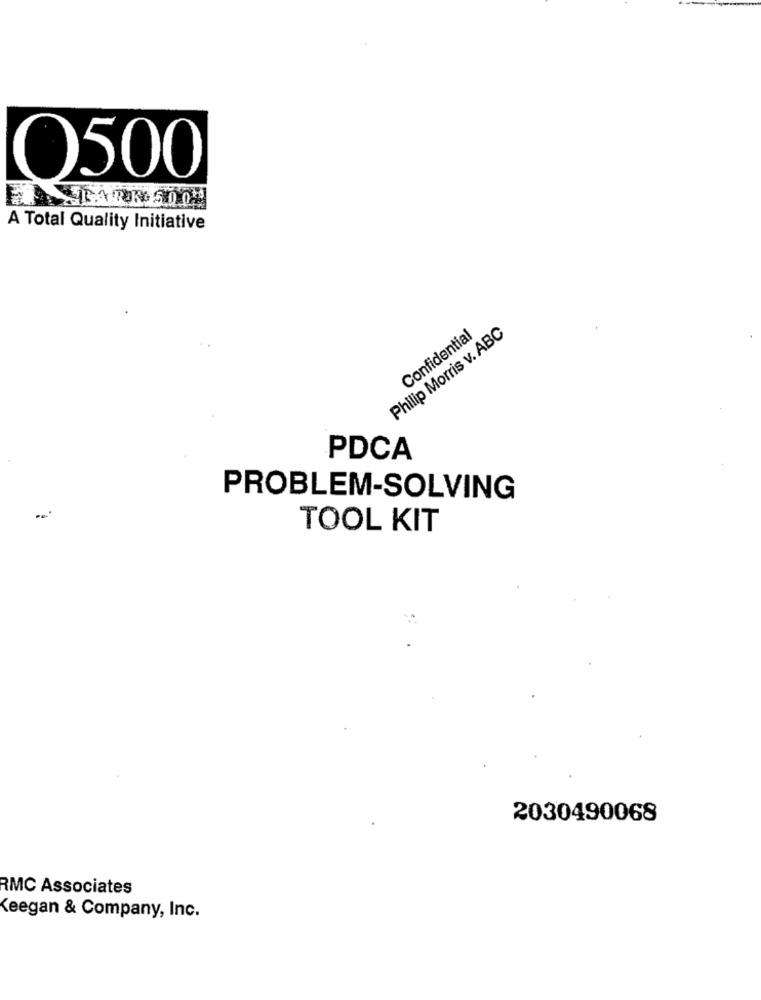
Q500
A Total Quality Initiative
Philip Morris v. ABC
Confidential
PDCA
PROBLEM-SOLVING
TOOL KIT
2030490068
RMC Associates
Keegan & Company, Inc.